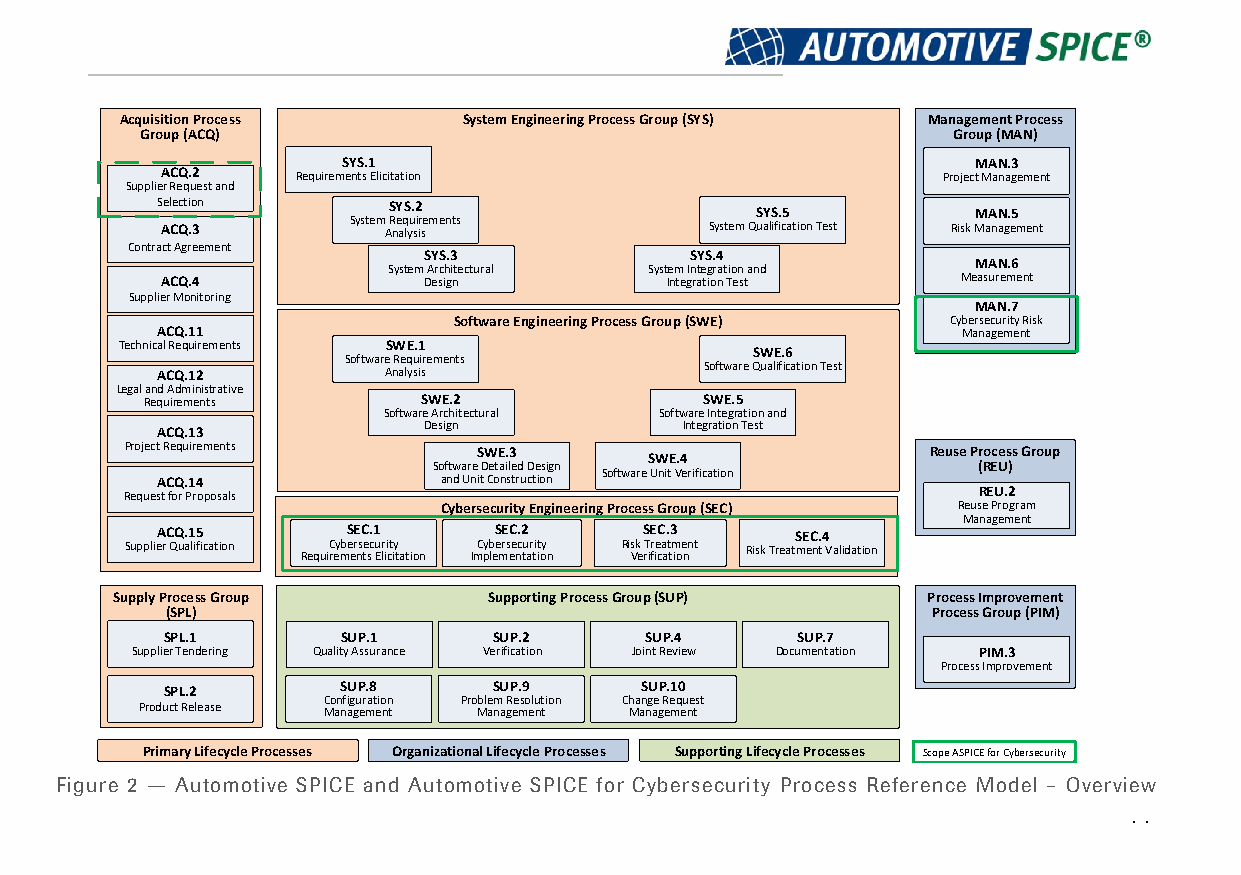
Acquisition Process    System Engineering Process Group (SYS) Management Process
 Group (ACQ)                                           Group (MAN)
 SYS.1                                     MAN.3
 ACQ.2    Requirements Elicitation                  Project Management
 Supplier Request and
 Selection       SYS.2
 SYS.5          MAN.5
 System Requirements
 ACQ.3         Analysis              System Qualification Test Risk Management
 Contract Agreement
 SYS.3             SYS.4
 MAN.6
 System Architectural System Integration and
 ACQ.4            Design          Integration Test    Measurement
 Supplier Monitoring
 MAN.7
 Software Engineering Process Group (SWE) Cybersecurity Risk
 ACQ.11                                                Management
 Technical Requirements SWE.1              SWE.6
 Software Requirements
 Software Qualification Test
 ACQ.12         Analysis
 Legal and Administrative
 Requirements      SWE.2              SWE.5
 Software Architectural Software Integration and
 ACQ.13            Design           Integration Test
 Project Requirements    SWE.3                         Reuse Process Group
 SWE.4
 Software Detailed Design            (REU)
 Software Unit Verification
 ACQ.14             and Unit Construction
 Request for Proposals                                    REU.2
 Cybersecurity Engineering Process Group (SEC) Reuse Program
 Management
 ACQ.15       SEC.1     SEC.2     SEC.3     SEC.4
 Supplier Qualification Cybersecurity Cybersecurity Risk Treatment Risk Treatment Validation
 Requirements Elicitation Implementation Verification
 Supply Process Group     Supporting Process Group (SUP) Process Improvement
 (SPL)                                              Process Group (PIM)
 SPL.1       SUP.1     SUP.2     SUP.4     SUP.7
 Supplier Tendering Quality Assurance Verification Joint Review Documentation PIM.3
 Process Improvement
 SPL.2       SUP.8     SUP.9    SUP.10
 Configuration Problem Resolution Change Request
 Product Release Management Management Management
 Primary Lifecycle Processes Organizational Lifecycle Processes Supporting Lifecycle Processes Scope ASPICE for Cybersecurity
 Figure 2 — Automotive SPICE and Automotive SPICE for Cybersecurity Process Reference Model – Overview
 11